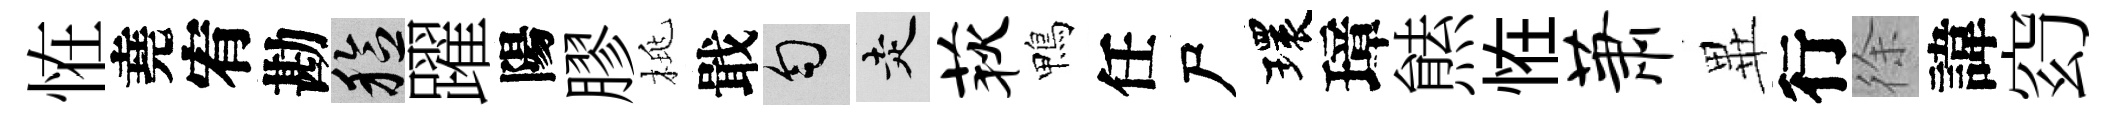
恠堯宥勘稔躍陽膠桃戢匀走荻鴨任尸環璋㷱恠萧𭺾行徐諱𥥆